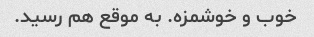
خوب و خوشمزه. به موقع هم رسید.